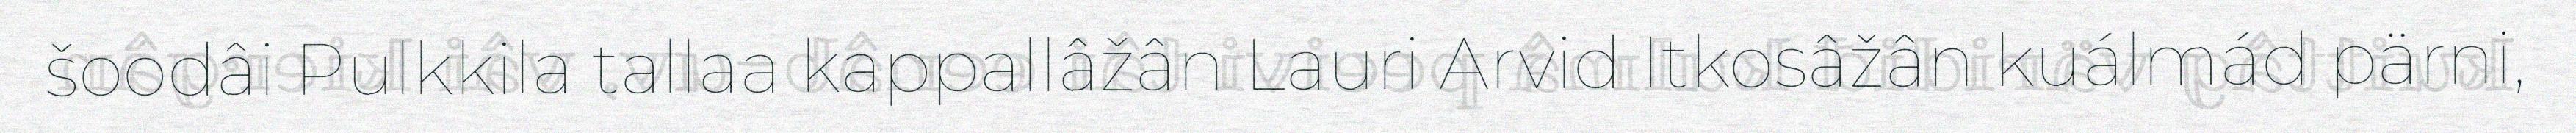
šoodâi Pulkkila tallaa kappallâžân Lauri Arvid Itkosâžân kuálmád pärni,